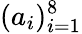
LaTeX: (a_{i})_{i=1}^{8}